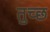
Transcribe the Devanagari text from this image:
तुच्‍छ